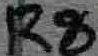
Text: R8